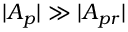
| A _ { p } | \gg | A _ { p r } |